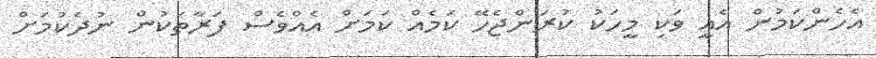
އެހެންކަމުން އެއީ ވަކި މީހަކު ކުރަންޖެހޭ ކަމެއް ކަމަށް އެއްވެސް ފަރާތަކުން ނުދެކުމަށް